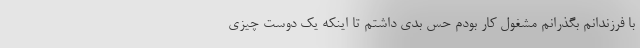
با فرزندانم بگذرانم مشغول کار بودم حس بدی داشتم تا اینکه یک دوست چیزی